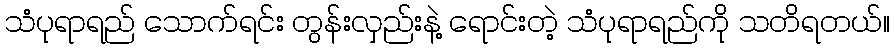
သံပုရာရည် သောက်ရင်း တွန်းလှည်းနဲ့ ရောင်းတဲ့ သံပုရာရည်ကို သတိရတယ်။